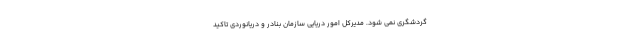
گردشگری نمی شود. مدیرکل امور دریایی سازمان بنادر و دریانوردی تاکید